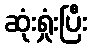
ဆုံးရှုံးပြီး